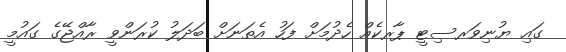
ގައި ޔުނިވަރސިޓީ ޕާރކެއް ހެދުމަށް ފަހު އެތަނަށް ބަދަލު ކުރަންވީ ރާއްޖޭގެ ގައުމީ